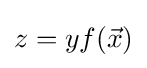
z=yf({\vec {x}})